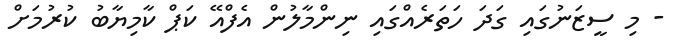
- މި ސީޒަނުގައި ގަދަ ހަތަރެއްގައި ނިންމާލުން އެފްއޭ ކަޕް ކާމިޔާބު ކުރުމަށް